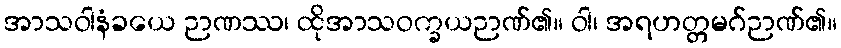
အာသဝါနံခယေ ဉာဏဿ၊ ထိုအာသဝက္ခယဉာဏ်၏။ ဝါ၊ အရဟတ္တမဂ်ဉာဏ်၏။